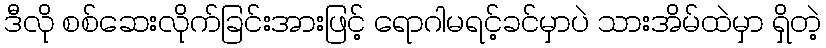
ဒီလို စစ်ဆေးလိုက်ခြင်းအားဖြင့် ရောဂါမရင့်ခင်မှာပဲ သားအိမ်ထဲမှာ ရှိတဲ့